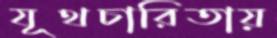
যূথচারিতায়